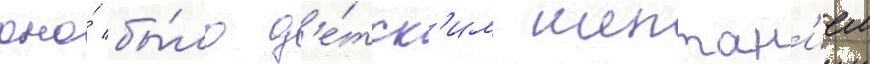
оно́ бы́ло д'е́тск'им шептан'ием